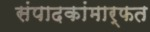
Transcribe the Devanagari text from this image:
संपादकांमार्फत